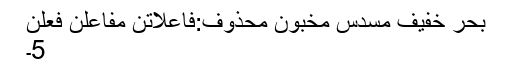
بحرِ خفیف مسدس مخبون محذوف:فاعلاتن مفاعلن فعِلن
5۔